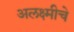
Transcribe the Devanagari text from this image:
अलक्ष्मीचे